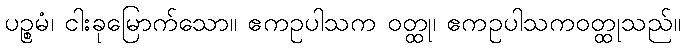
ပဉ္စမံ၊ ငါးခုမြောက်သော။ ဧကဥပါသက ဝတ္ထု၊ ဧကဥပါသကဝတ္ထုသည်။